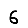
Digit: 6